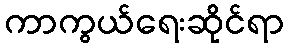
ကာကွယ်ရေးဆိုင်ရာ